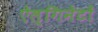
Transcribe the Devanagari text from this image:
ऐल्गिनेटों